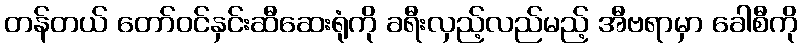
တန်တယ် တော်ဝင်နှင်းဆီဆေးရုံကို ခရီးလှည့်လည်မည့် အီဗရာမှာ ခေါစီကို